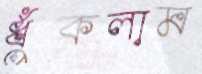
ধুঁকলাম